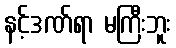
နင့်ဒဏ်ရာ မကြီးဘူး